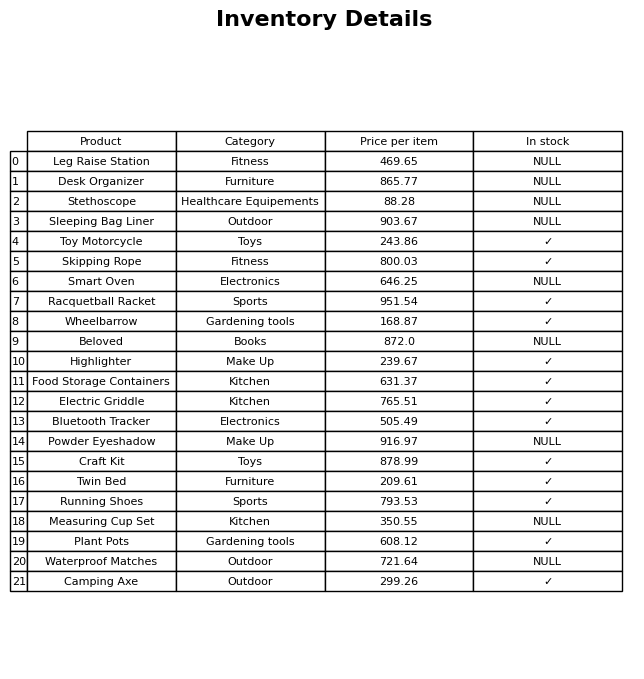
question: Is the Wheelbarrow in stock?
answer: ✓